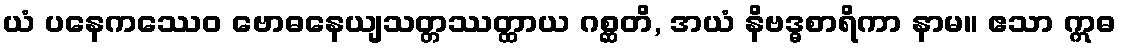
ယံ ပနေကဿေဝ ဗောဓနေယျသတ္တဿတ္ထာယ ဂစ္ဆတိ, အယံ နိဗဒ္ဓစာရိကာ နာမ။ ဧသာ ဣဓ